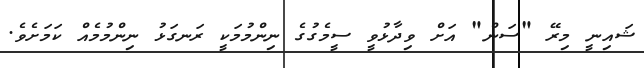
ޝައިނީ މިރޭ "ސަން" އަށް ވިދާޅުވީ ސީމެގުގެ ނިންމުމަކީ ރަނގަޅު ނިންމުމެއް ކަމަށެވެ.